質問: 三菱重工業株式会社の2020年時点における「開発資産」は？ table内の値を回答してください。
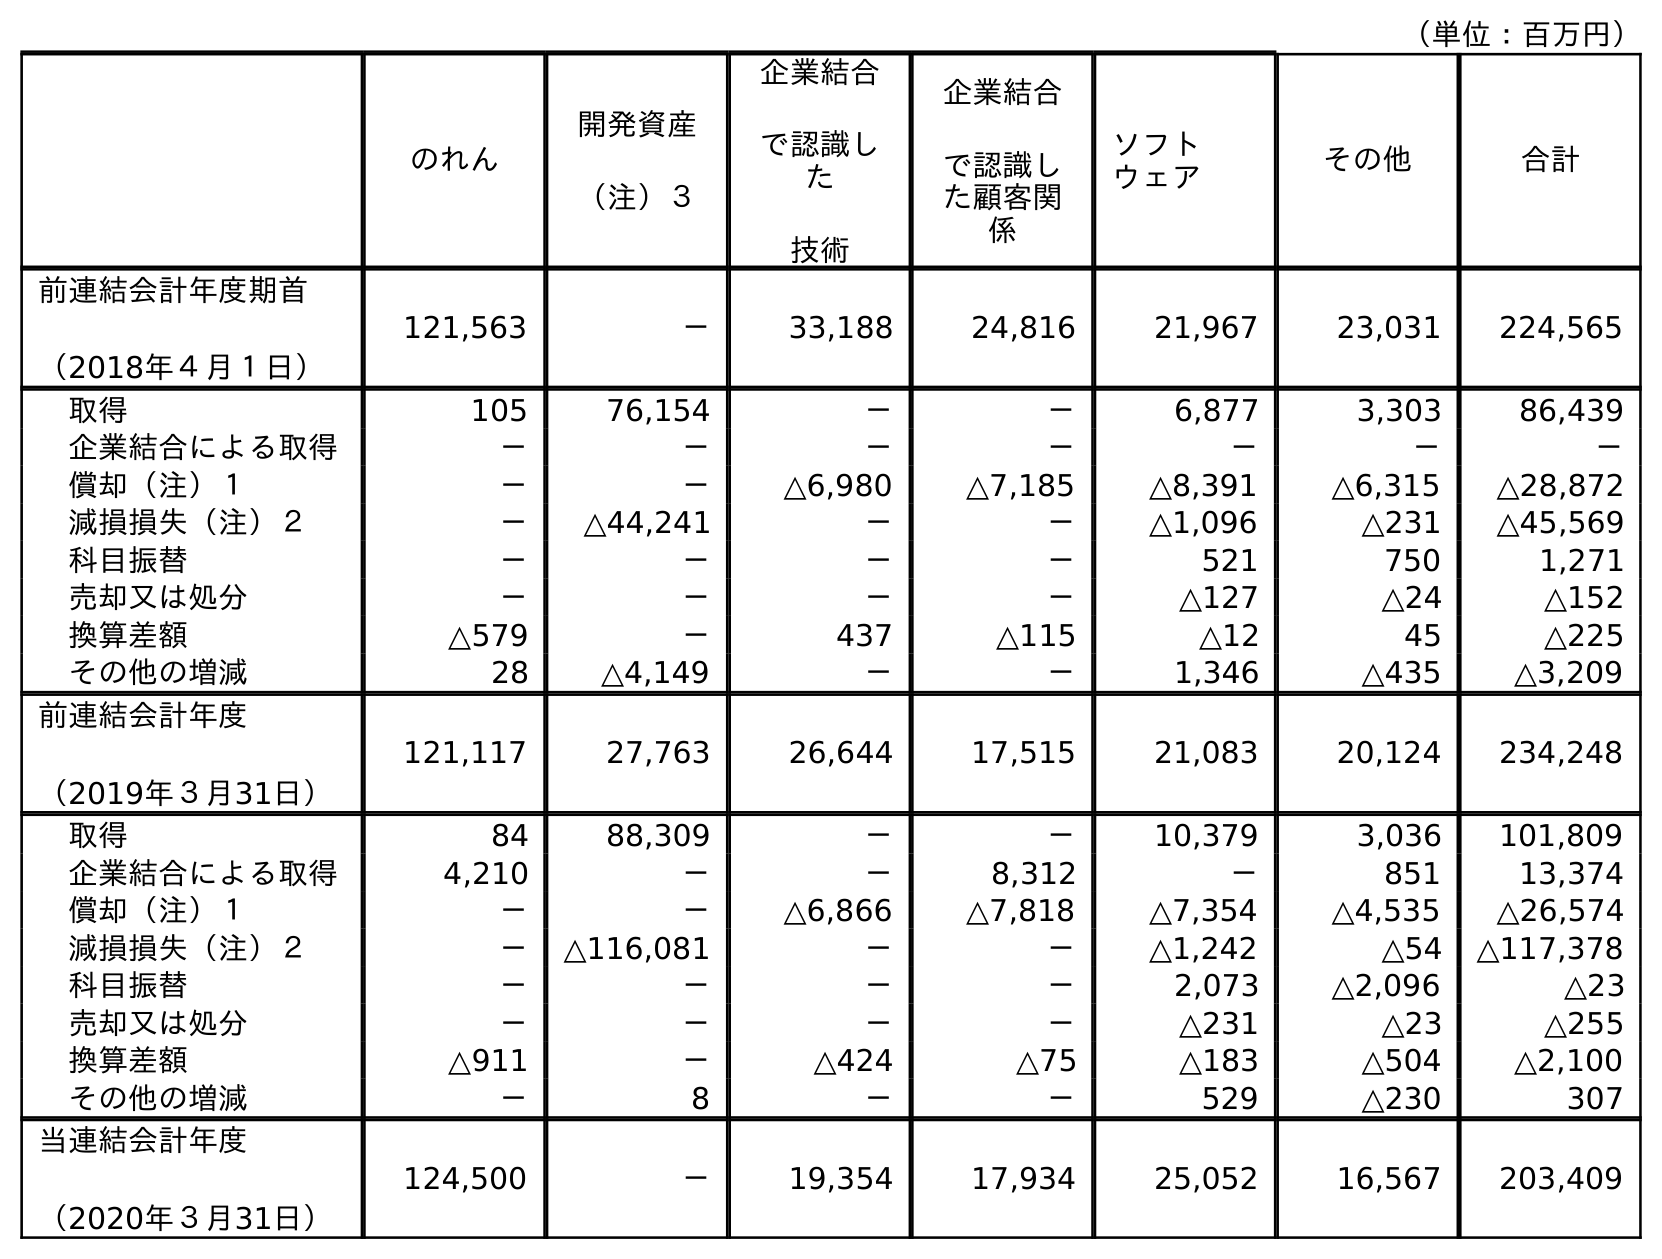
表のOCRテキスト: （単位：百万円） のれん 開発資産 （注）３ 企業結合 で認識し た 技術 企業結合 で認識し た顧客関 係 ソフト ウェア その他 合計 前連結会計年度期首 （2018年４月１日） 121,563 － 33,188 24,816 21,967 23,031 224,565 取得 105 76,154 － － 6,877 3,303 86,439 企業結合による取得 － － － － － － － 償却（注）１ － － △6,980 △7,185 △8,391 △6,315 △28,872 減損損失（注）２ － △44,241 － － △1,096 △231 △45,569 科目振替 － － － － 521 750 1,271 売却又は処分 － － － － △127 △24 △152 換算差額 △579 － 437 △115 △12 45 △225 その他の増減 28 △4,149 － － 1,346 △435 △3,209 前連結会計年度 （2019年３月31日） 121,117 27,763 26,644 17,515 21,083 20,124 234,248 取得 84 88,309 － － 10,379 3,036 101,809 企業結合による取得 4,210 － － 8,312 － 851 13,374 償却（注）１ － － △6,866 △7,818 △7,354 △4,535 △26,574 減損損失（注）２ － △116,081 － － △1,242 △54 △117,378 科目振替 － － － － 2,073 △2,096 △23 売却又は処分 － － － － △231 △23 △255 換算差額 △911 － △424 △75 △183 △504 △2,100 その他の増減 － 8 － － 529 △230 307 当連結会計年度 （2020年３月31日） 124,500 － 19,354 17,934 25,052 16,567 203,409
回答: －